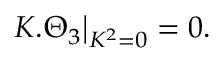
K . \Theta _ { 3 } { \big | } _ { K ^ { 2 } = 0 } = 0 .